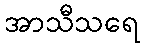
အာသီသရေ